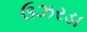
ઉઝરડા